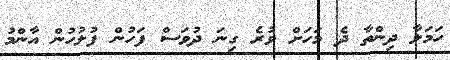
ހަމަލާ ދިންތާ ދެ މަހަށް ވުރެ ގިނަ ދުވަސް ފަހުން ފުލުހުން އާންމު